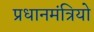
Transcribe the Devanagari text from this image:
प्रधानमंत्रियो